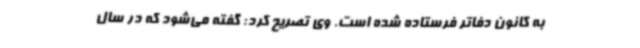
به کانون دفاتر فرستاده شده است. وی تصریح کرد: گفته می‌شود که در سال